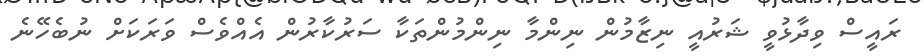
ރައީސް ވިދާޅުވީ ޝަރުއީ ނިޒާމުން ނިންމާ ނިންމުންތަކާ ސަރުކާރުން އެއްވެސް ވަރަކަށް ނުބެހޭނެ